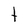
Character: t